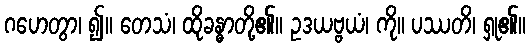
ဂဟေတွာ၊ ၍။ တေသံ၊ ထိုခန္ဓာတို့၏။ ဥဒယဗ္ဗယံ၊ ကို။ ပဿတိ၊ ရှု၏။